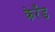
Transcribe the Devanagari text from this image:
क्रेरँड